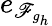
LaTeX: e_{\mathscr{F}_{g_{h}}}